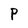
Character: p